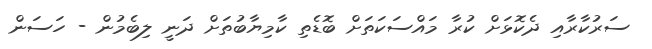
ސަރުކާރާއި ދެކޮޅަށް ކުރާ މައްސަކަތަށް ބޮޑެތި ކާމިޔާބުތަށް ދަނީ ލިބެމުން - ހަސަން